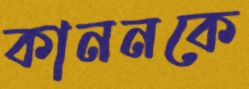
কাননকে